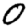
Digit: 0